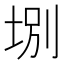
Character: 𡌀